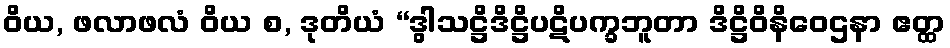
ဝိယ, ဖလာဖလံ ဝိယ စ, ဒုတိယံ “ဒွါသဋ္ဌိဒိဋ္ဌိပဋိပက္ခဘူတာ ဒိဋ္ဌိဝိနိဝေဌနာ ဧတ္ထ